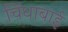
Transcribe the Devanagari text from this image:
चिंधाबाई